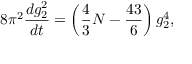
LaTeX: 8 \pi ^ { 2 } { \frac { d g _ { 2 } ^ { 2 } } { d t } } = \left( { \frac { 4 } { 3 } } N - { \frac { 4 3 } { 6 } } \right) g _ { 2 } ^ { 4 } ,